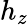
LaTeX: h_{z}